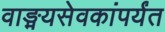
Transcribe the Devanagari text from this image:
वाङ्मयसेवकांपर्यंत